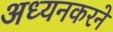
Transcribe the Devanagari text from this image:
अध्यनकरने